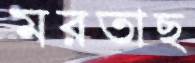
মরতাছ